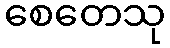
စေတေသု